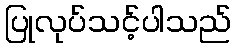
ပြုလုပ်သင့်ပါသည်